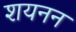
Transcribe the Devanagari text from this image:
शयनन